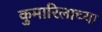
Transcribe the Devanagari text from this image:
कुमारिलाच्या